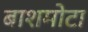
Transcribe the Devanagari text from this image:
बाशमोटा